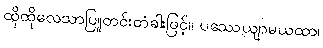
ထိုထိုလေသာပြူတင်းတံခါးဖြင့်။ ပဿေယျာမယထာ၊